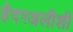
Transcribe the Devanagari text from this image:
हैदरअलीशी